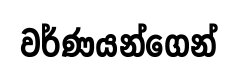
වර්ණයන්ගෙන්